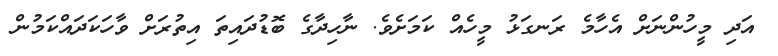
އަދި މީހުންނަށް އެހާމެ ރަނގަޅު މީހެއް ކަމަށެވެ. ނާހިދާގެ ބޮޑުދައިތަ އިތުރަށް ވާހަކަދައްކަމުން